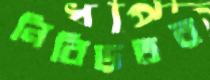
নিবিড়তর